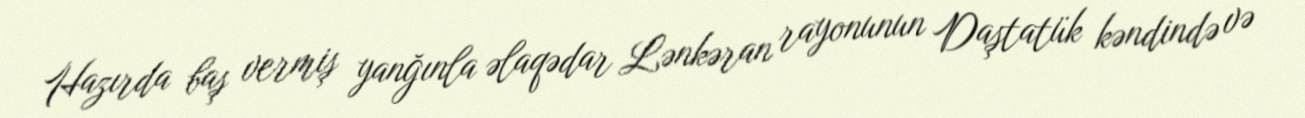
Hazırda baş vermiş yanğınla əlaqədar Lənkəran rayonunun Daştatük kəndində və